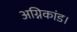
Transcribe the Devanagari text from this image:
अग्निकांड।